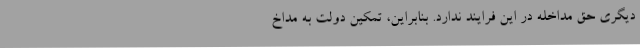
دیگری حق مداخله در این فرایند ندارد. بنابراین، تمکین دولت به مداخ